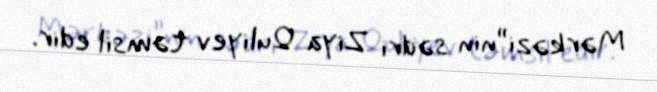
Mərkəzi”nin sədri Ziya Quliyev təmsil edir.